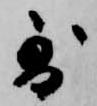
到